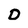
Character: D